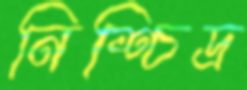
নিশ্চিদ্র